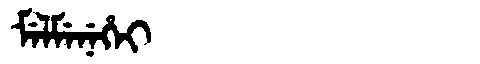
Manchu: ᠮᡝᠯᠮᡝᠨᡝᡥᡝᡳ
Romanization: MELMENEHEI